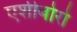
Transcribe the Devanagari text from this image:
एशीबोरो